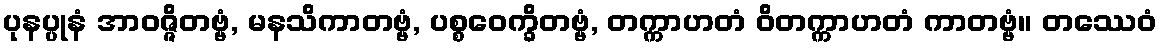
ပုနပ္ပုနံ အာဝဇ္ဇိတဗ္ဗံ, မနသိကာတဗ္ဗံ, ပစ္စဝေက္ခိတဗ္ဗံ, တက္ကာဟတံ ဝိတက္ကာဟတံ ကာတဗ္ဗံ။ တဿေဝံ